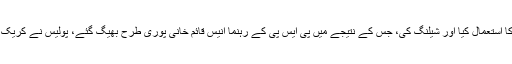
لاٹھی چارج کے بعد مظاہرین اورپولیس میں کشیدگی شروع ہوئی جس کے بعد پولیس نے واٹر کینن کا استعمال کیا اور شیلنگ کی، جس کے نتیجے میں پی ایس پی کے رہنما انیس قائم خانی پوری طرح بھیگ گئے، پولیس نے کریک ڈاؤن کا آغاز کرتے ہوئے مصطفیٰ کمال سمیت پی ایس پی کی مرکزی قیادت کو حراست میں لے لیا۔